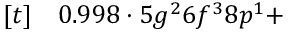
\begin{array} { r l } { [ t ] } & { { } 0 . 9 9 8 \cdot 5 g ^ { 2 } 6 f ^ { 3 } 8 p ^ { 1 } + } \end{array}